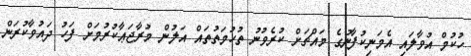
ހުކުމް އުވާލައި އެމަނިކުފާނުގެ މައްޗަށް ކުރެވުނު ތުހުމަތުތައް އަލުން މުރާޖަޢާކުރުމަށް ފަހު ދައުވާކުރަން